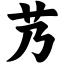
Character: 艿